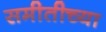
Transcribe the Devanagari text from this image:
समीतीच्या